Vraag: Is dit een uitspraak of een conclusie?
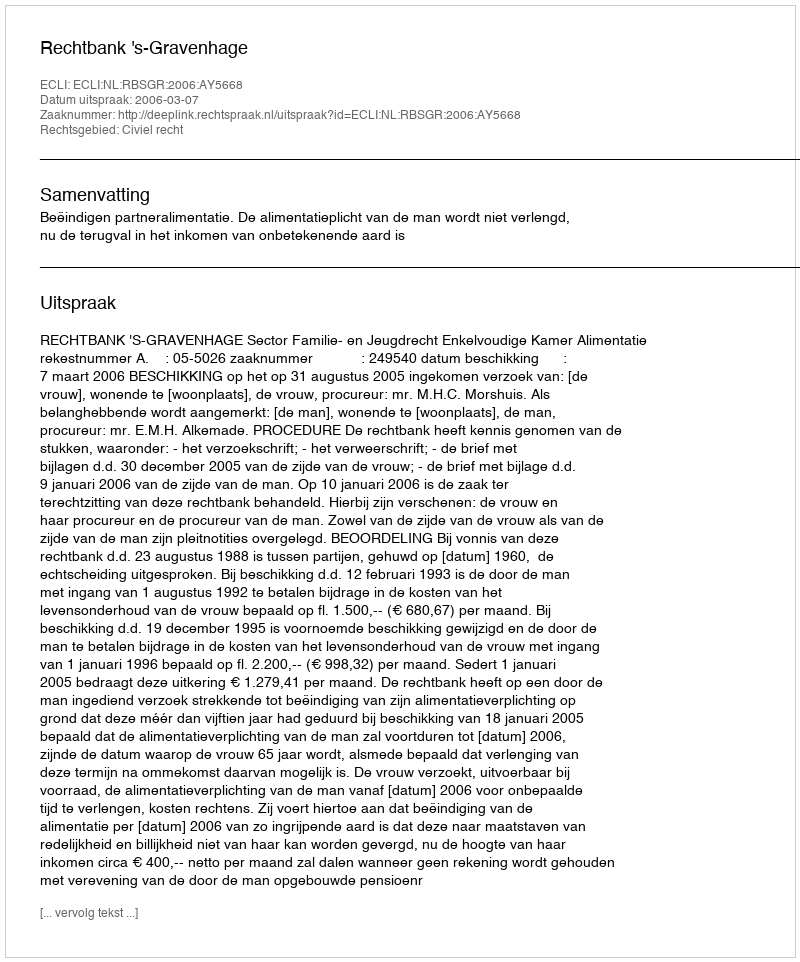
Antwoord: Uitspraak